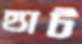
হ্যাট